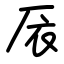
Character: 㕈